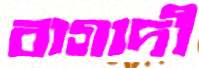
বাগাদী